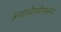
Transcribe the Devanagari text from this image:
अशावेगवेगळ्या